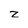
Character: z